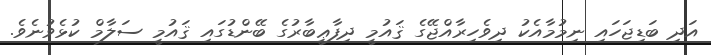
އަދި ބަޑިޖަހައި ނިމުމާއެކު ދިވެހިރާއްޖޭގެ ޤައުމީ ދިފާޢީބާރުގެ ބޭންޑުގައި ޤައުމީ ސަލާމް ކުޅެވުނެވެ.